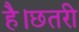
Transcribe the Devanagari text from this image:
है।छतरी